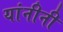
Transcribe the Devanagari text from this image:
यांनीनी